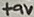
Text: +9V